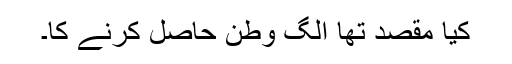
کیا مقصد تھا الگ وطن حاصل کرنے کا۔